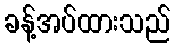
ခန့်အပ်ထားသည်